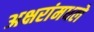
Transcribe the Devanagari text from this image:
अक्षरांमधले